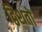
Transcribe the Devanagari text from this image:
द्विशतो